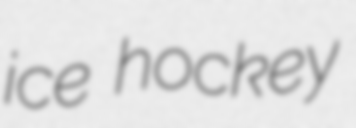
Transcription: ice hockey